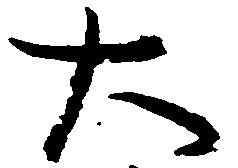
大